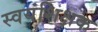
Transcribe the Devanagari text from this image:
स्वयंशिक्षक